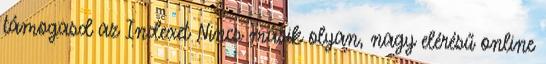
támogasd az Indexet Nincs másik olyan, nagy elérésű online